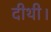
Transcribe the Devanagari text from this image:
दीथी।